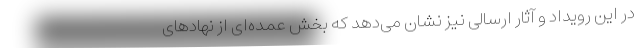
در این رویداد و آثار ارسالی نیز نشان می‌دهد که بخش عمده‌ای از نهادهای